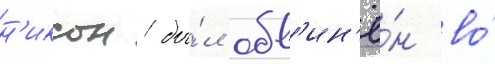
н'иксон бы́л обв'ин'ё́н во́